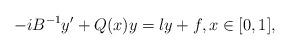
LaTeX: \begin{align*} -i B^{-1} y' + Q(x) y = \l y + f, x \in [0,1],\end{align*}